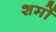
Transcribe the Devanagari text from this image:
शमों